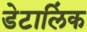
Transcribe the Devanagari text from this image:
डेटालिंक